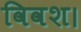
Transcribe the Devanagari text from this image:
विवश।